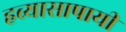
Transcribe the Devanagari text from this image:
हव्यासापायी